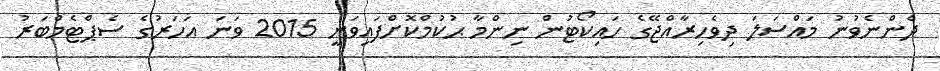
ދެންނެވުނު މައްސަލަ ދިވެހިރާއްޖޭގެ ހައިކޯޓުން ނިންމާ ޙުކުމްކޮށްފައިވަނީ 2015 ވަނަ އަހަރުގެ ސެޕްޓެމްބަރު